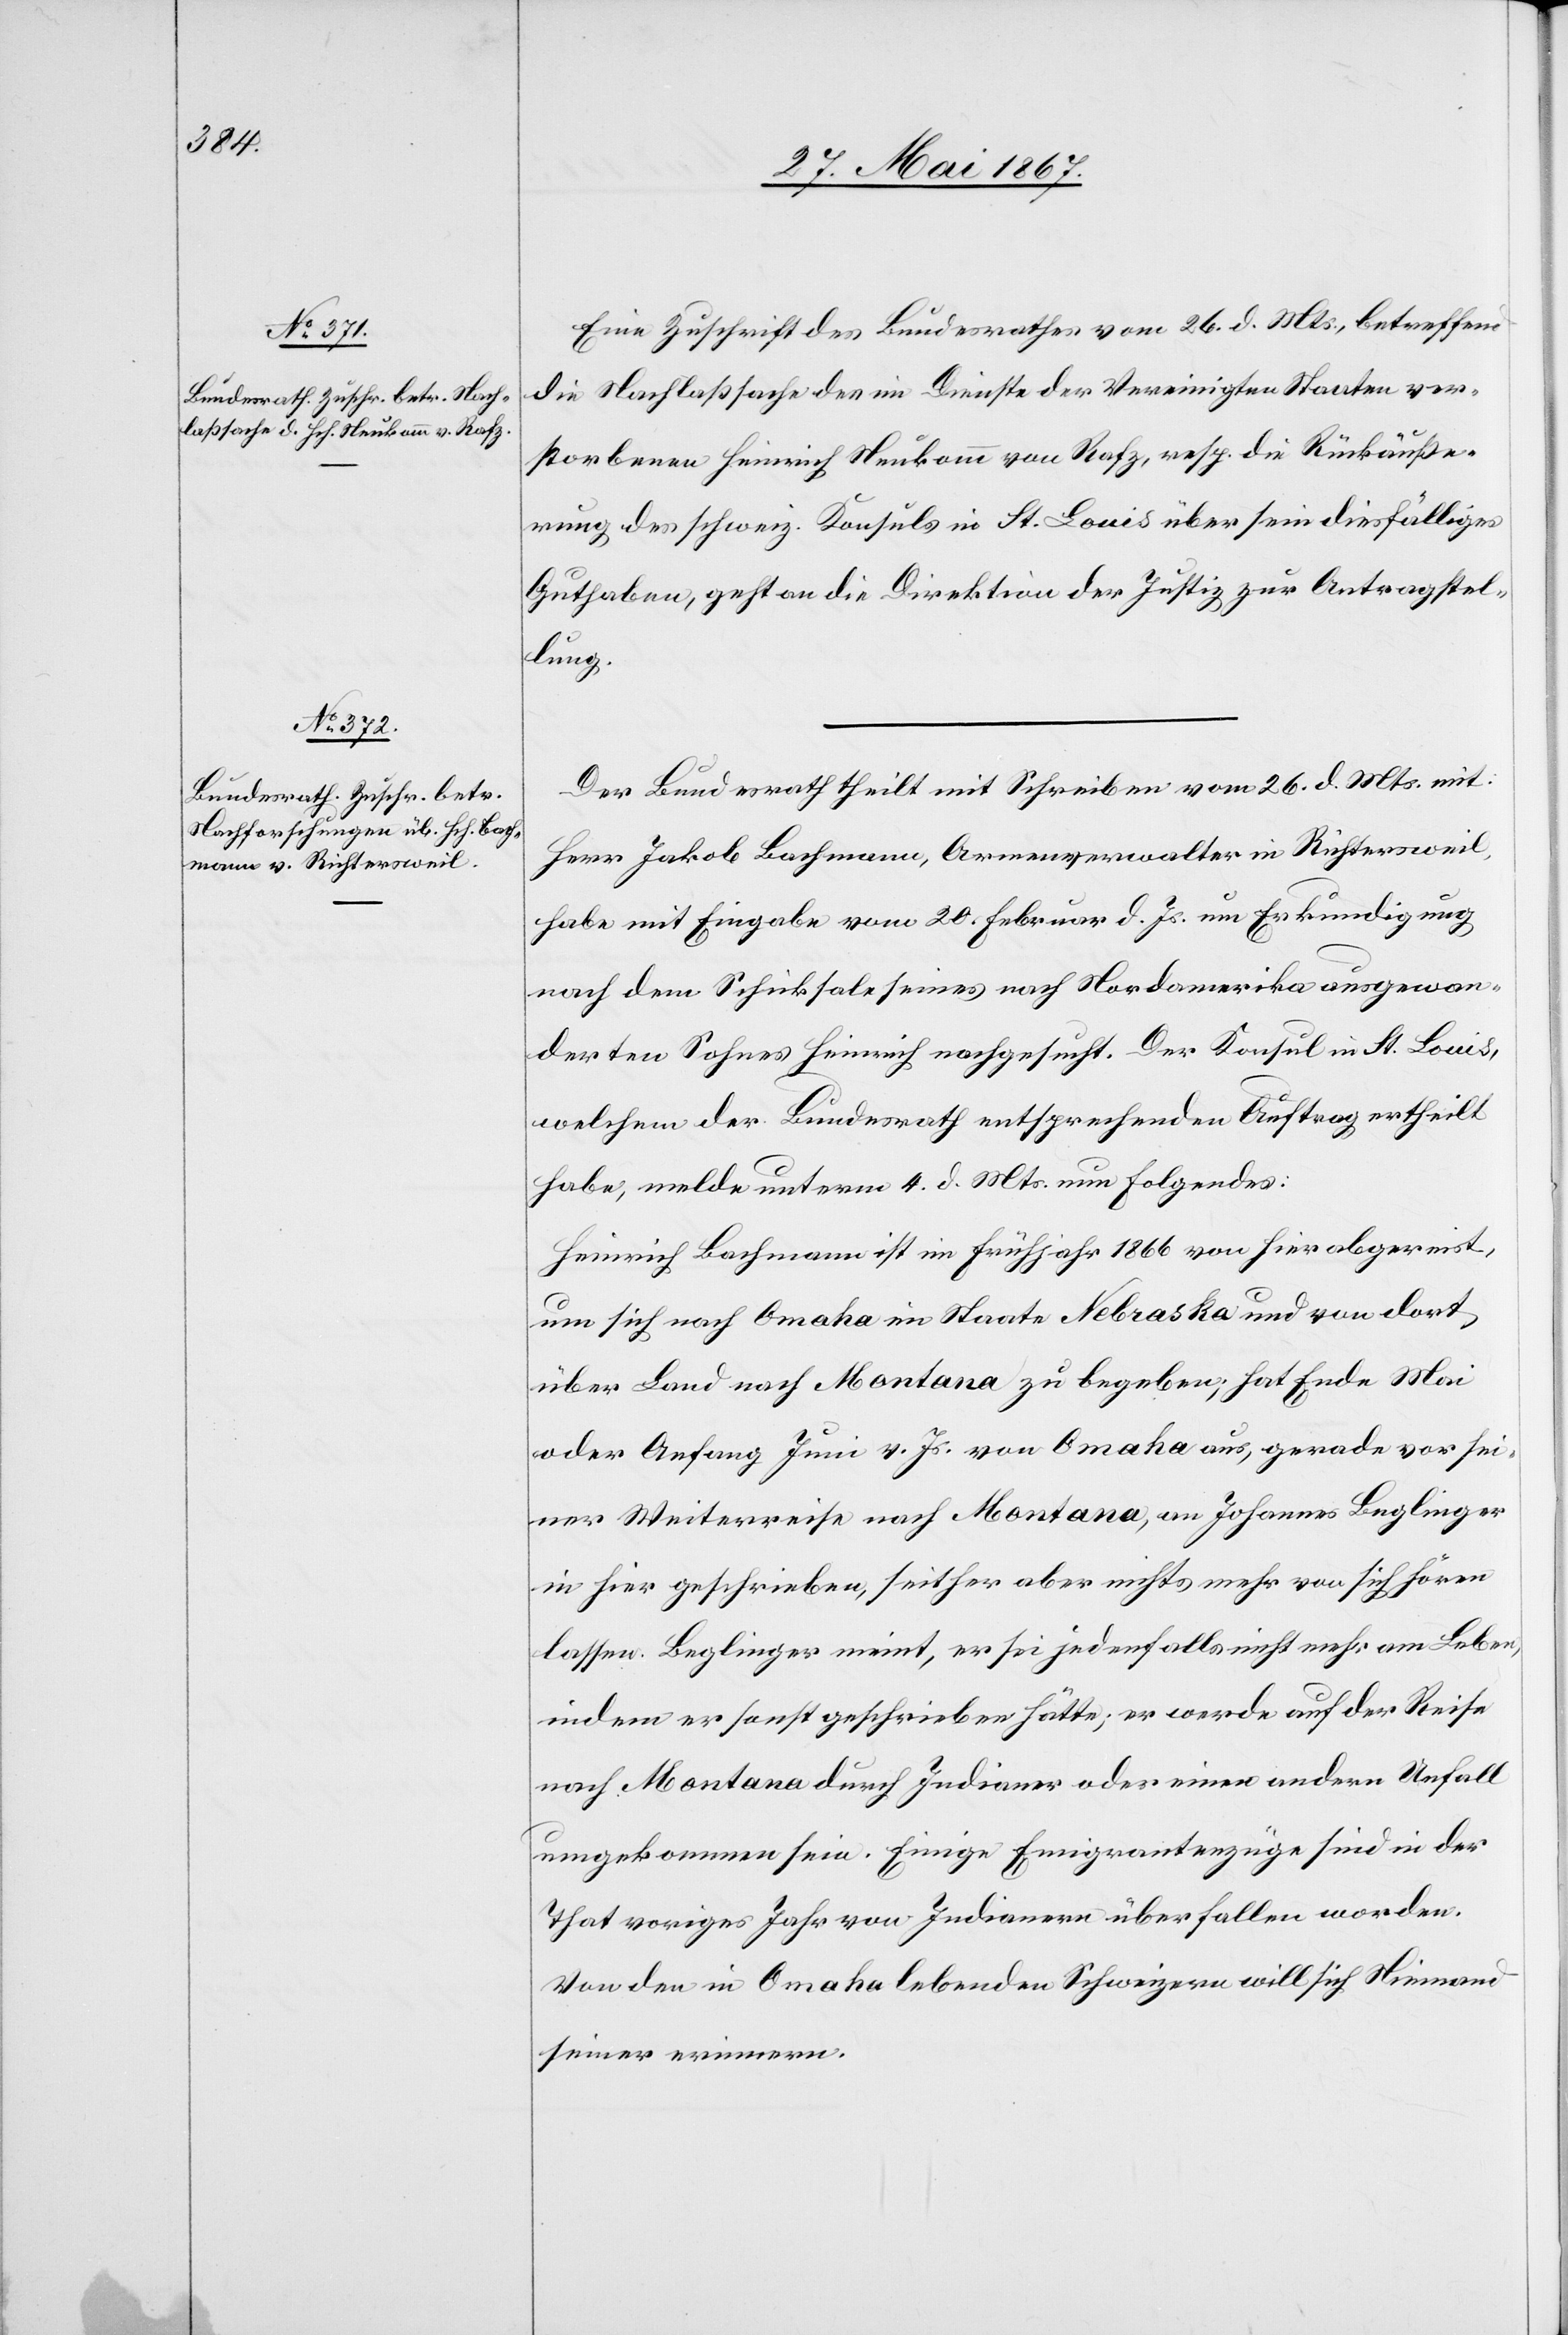
29. Mai 1867.]
Eine Zuschrift des Bundesrathes vom 26. d. Mts., betreffend
die Nachlaßsache des im Dienste der Vereinigten Staaten ver¬
storbenen Heinrich Neukomm von Rafz, resp. die Rückäuße¬
rung des schweiz. Konsuls in St. Louis über sein diesfälliges
Guthaben, geht an die Direktion der Justiz zur Antragstel¬
lung.
Der Bundesrath theilt mit Schreiben vom 26. d. Mts. mit:
Herr Jakob Bachmann, Armenverwalter in Richtersweil,
habe mit Eingabe vom 20. Februar d. Js. um Erkundigung
nach dem Schiksale seines nach Nordamerika ausgewan¬
derten Sohnes Heinrich nachgesucht. Der Konsul in St. Louis,
welchem der Bundesrath entsprechenden Auftrag ertheilt
habe, melde unterm 4. d. Mts. folgendes:
Heinrich Bachmann ist im Frühjahr 1866 von hier abgereist,
um sich nach Omaha im Staate Nebraska und von dort
über Land nach Montana zu begeben, hat Ende Mai
oder Anfang Juni v. Js. von Omaha aus, gerade vor sei¬
ner Weiterreise nach Montana, an Johannes Beglinger
in hier geschrieben, seither aber nichts mehr von sich hören
lassen. Beglinger meint, er sei jedenfalls nicht mehr am Leben,
indem er sonst geschrieben hätte; er werde auf der Reise
nach Montana durch Indianer oder einen anderen Unfall
umgekommen sein. Einige Emigrantenzüge sind in der
That voriges Jahr von Indianern überfallen worden.
Von den in Omaha lebenden Schweizern will sich Niemand
seiner erinnern.